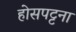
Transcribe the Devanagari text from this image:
होसपट्टना